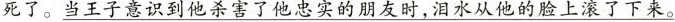
死了。\underline{当王子意识到他杀害了他忠实的朋友时，泪水从他的脸上滚了下来}。